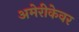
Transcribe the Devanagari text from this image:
अमेरीकेवर